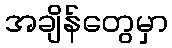
အချိန်တွေမှာ